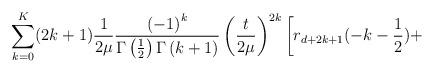
LaTeX: \begin{align*}\sum\limits_{k=0}^K (2k+1)\frac{1}{2\mu} \frac{\left( -1\right) ^{k}}{\Gamma \left( \frac 12\right)\Gamma \left( k+1\right) }\left( \frac{t}{2\mu}\right) ^{2k} \left[r_{d+2k+1}(-k-\frac 12) +\right.\end{align*}